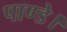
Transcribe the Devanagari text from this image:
पाण्डे।